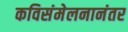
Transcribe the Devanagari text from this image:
कविसंमेलनानंतर